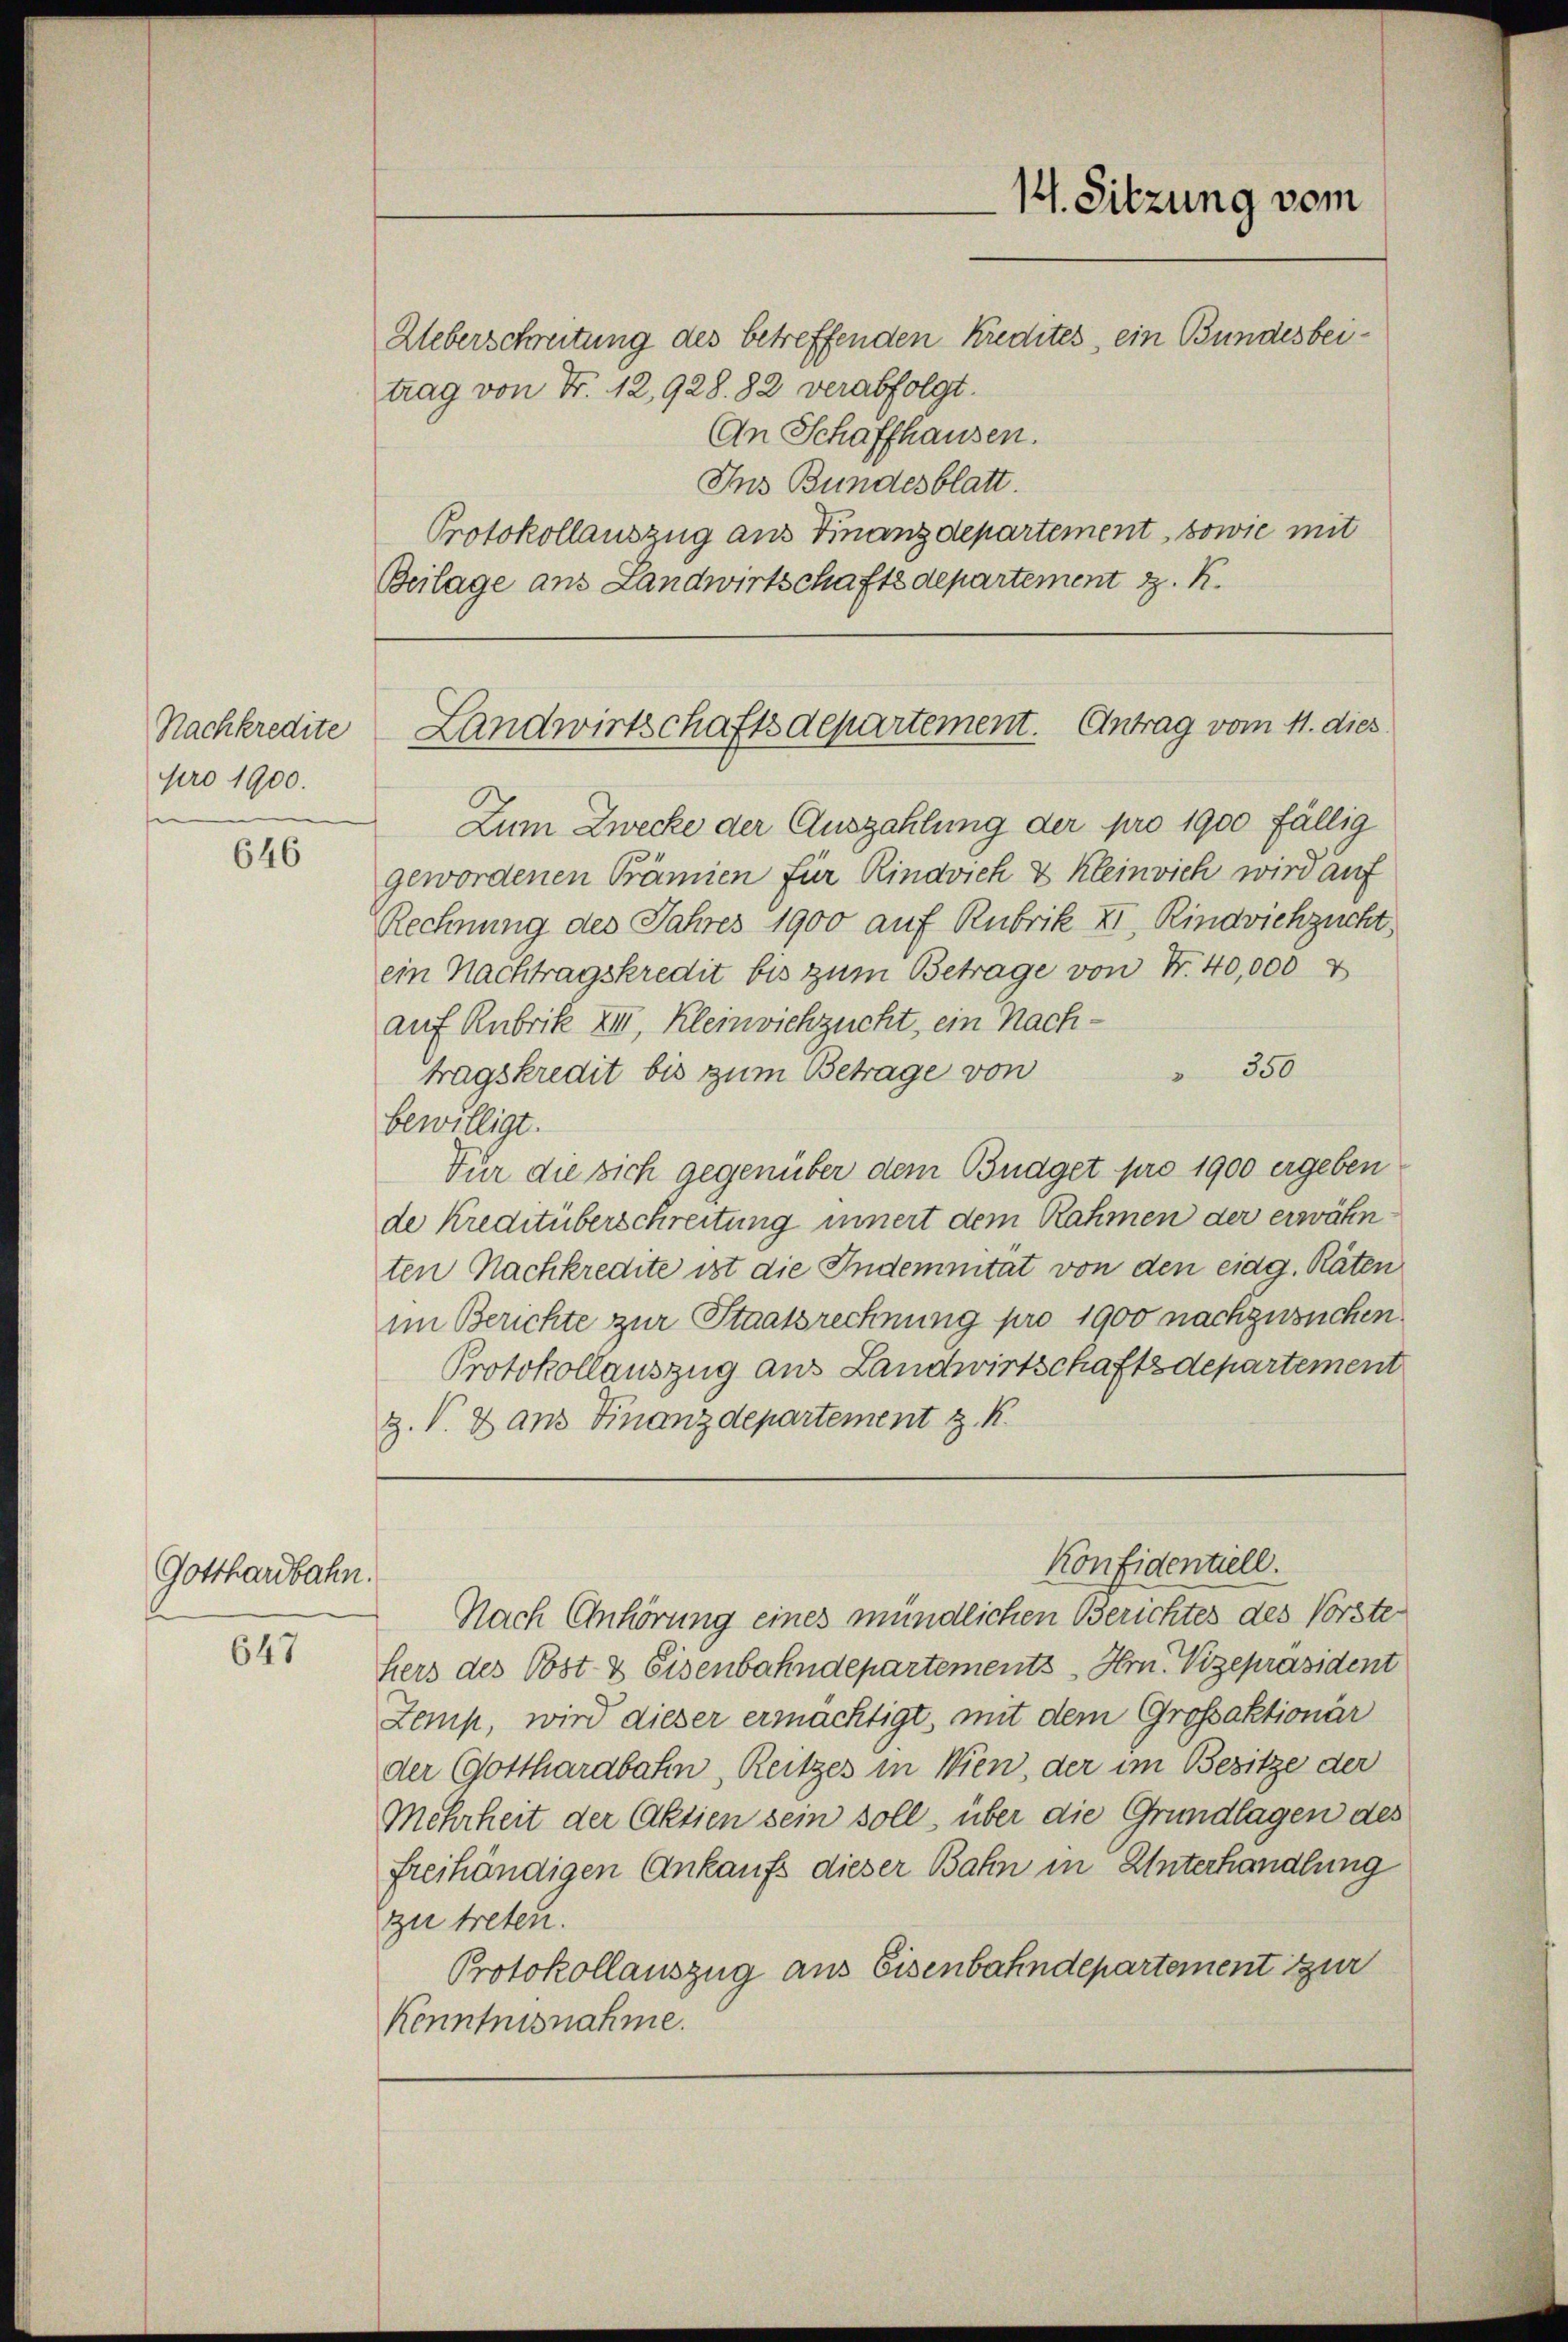
Nachkredite
pro 1900.

646

Gotthardbahn.

647

Ueberschreitung des betreffenden Kredites, ein Bundesbeitrag von Fr. 12,928. 82 verabfolgt.
An Schaffhausen.
Ins Bundesblatt.
Protokollauszug aus Finanzdepartement, sowie mit
Beilage aus Landwirtschaftsdepartement z. K.

Landwirtschaftsdepartement. Antrag vom 11. dies

Zum Zwecke der Auszahlung der pro 1900 fällig
gewordenen Prämien für Rindvich & kleinvieh wird auf
Rechnung des Jahres 1900 auf Rubrik XI. Rindviehzucht,
ein Nachtragskredit bis zum Betrage von Fr. 40,000 v
auf Rubrik XIII, Kleinviehzucht, ein Nach¬
 350
tragskredit bis zum Betrage von
bewilligt.
Für die sich gegenüber dem Budget pro 1900 ergeben
de Kreditüberschreitung innert dem Rahmen der erwähnten Nachkredite ist die Indemnitat von den eidg. Räten
im Berichte zur Staatsrechnung pro 1900 nachzusuchen.
Protokollauszug aus Landwirtschaftsdepartement
Z. V. Dans Finanzdepartement z. K.
Konfidentiell.
Nach Anhörung eines mündlichen Berichtes des Vorste
hers des Post- & Eisenbahndepartements Hrn. Vizepräsident
Zemp, wird dieser ermächtigt, mit dem Grossaktionär
der Gotthardbahn, Reitzes in Wien, der im Besitze der
Mehrheit der Aktien sein soll, über die Grundlagen des
freihändigen Ankaufs dieser Bahn in Unterhandlung
zu treten.
Protokollauszug aus Eisenbahndepartement zur
Kenntnisnahme.

14. Sitzung vom